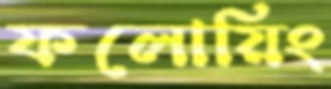
ফলোয়িং